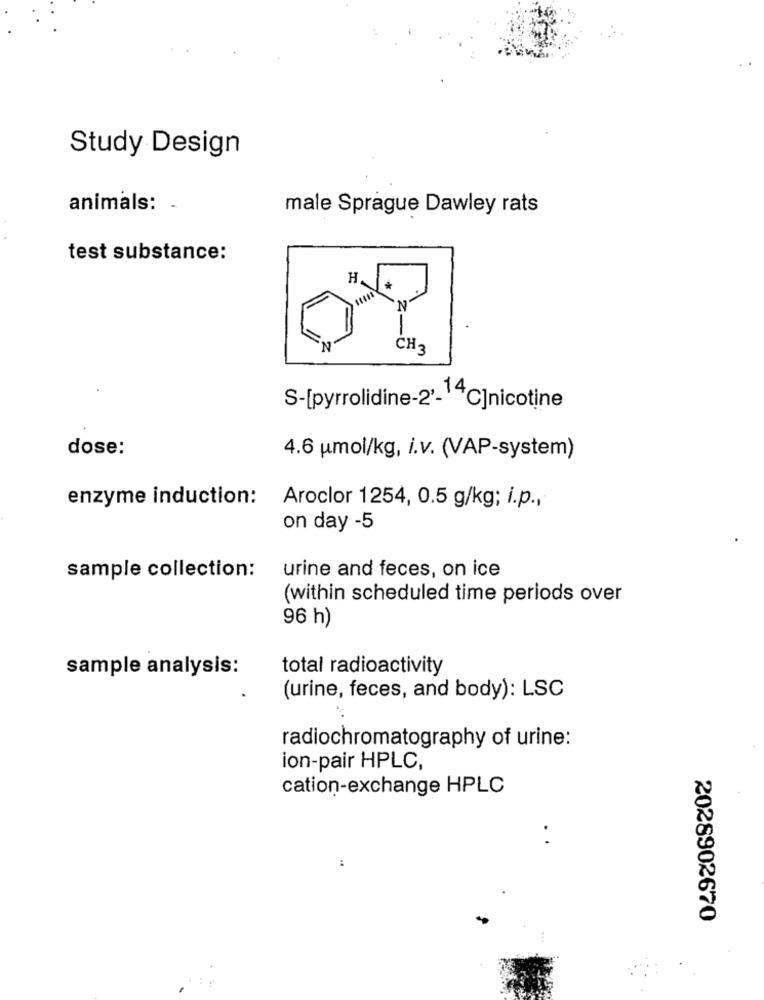
Study Design
animals: .
male Sprague Dawley rats
test substance:
H
CH3
S-[pyrrolidine-2'_14C]nicotine
dose:
4.6 umol/kg, i.v. (VAP-system)
enzyme induction:
Aroclor 1254, 0.5 g/kg; i.p .,
on day -5
sample collection:
urine and feces, on ice
(within scheduled time periods over
96 h)
sample analysis:
total radioactivity
(urine, feces, and body): LSC
radiochromatography of urine:
ion-pair HPLC,
cation-exchange HPLC
. .
:
2028902670